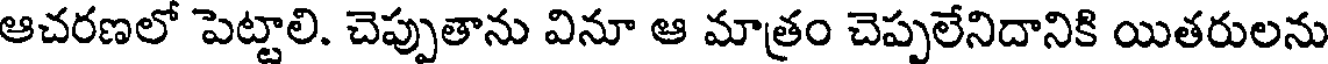
ఆచరణలో పెట్టాలి. చెప్పుతాను వినూ ఆ మాత్రం చెప్పలేనిదానికి యితరులను